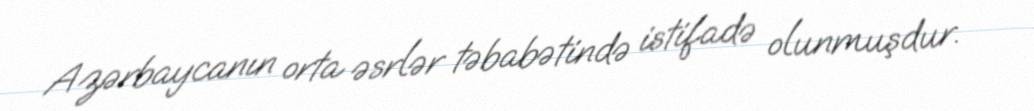
Azərbaycanın orta əsrlər təbabətində istifadə olunmuşdur.